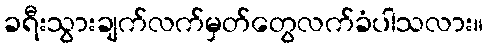
ခရီးသွားချက်လက်မှတ်တွေလက်ခံပါသလား။